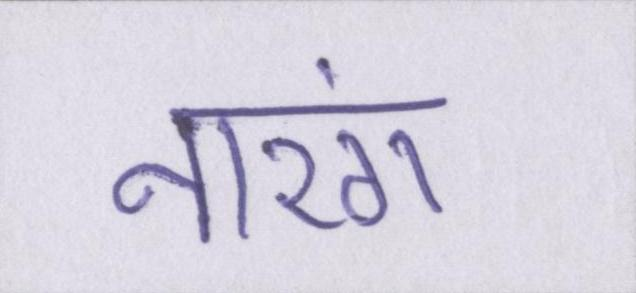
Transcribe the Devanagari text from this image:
नारंग